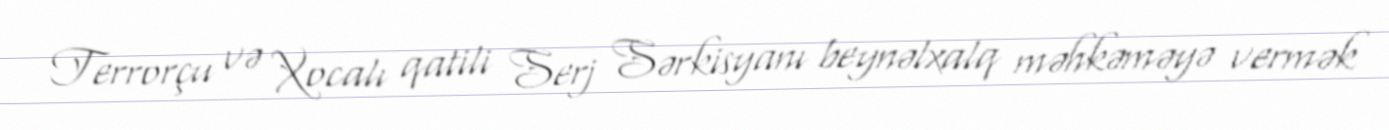
Terrorçu və Xocalı qatili Serj Sərkisyanı beynəlxalq məhkəməyə vermək